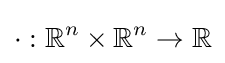
\cdot :\mathbb {R} ^{n}\times \mathbb {R} ^{n}\to \mathbb {R}